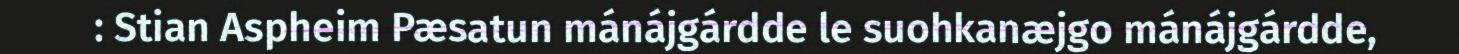
: Stian Aspheim Pæsatun mánájgárdde le suohkanæjgo mánájgárdde,